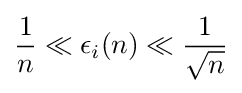
{\frac {1}{n}}\ll \epsilon _{i}(n)\ll {\frac {1}{\sqrt {n}}}